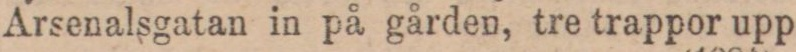
Arsenalsgatan in på gården, tre trappor upp